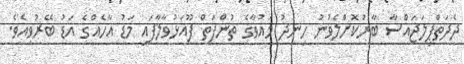
ދެދަތްޕިލަޖައްސާ ބާރުކޮށްލެވުނު ހިނދު މައުވާގެ ތުންފަތް ފޫއަޅުވާލާފައި މަޑު އާހެއްގެ އަޑު ބޭރުވިއެވެ.